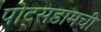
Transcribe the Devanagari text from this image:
पोट्सडामची